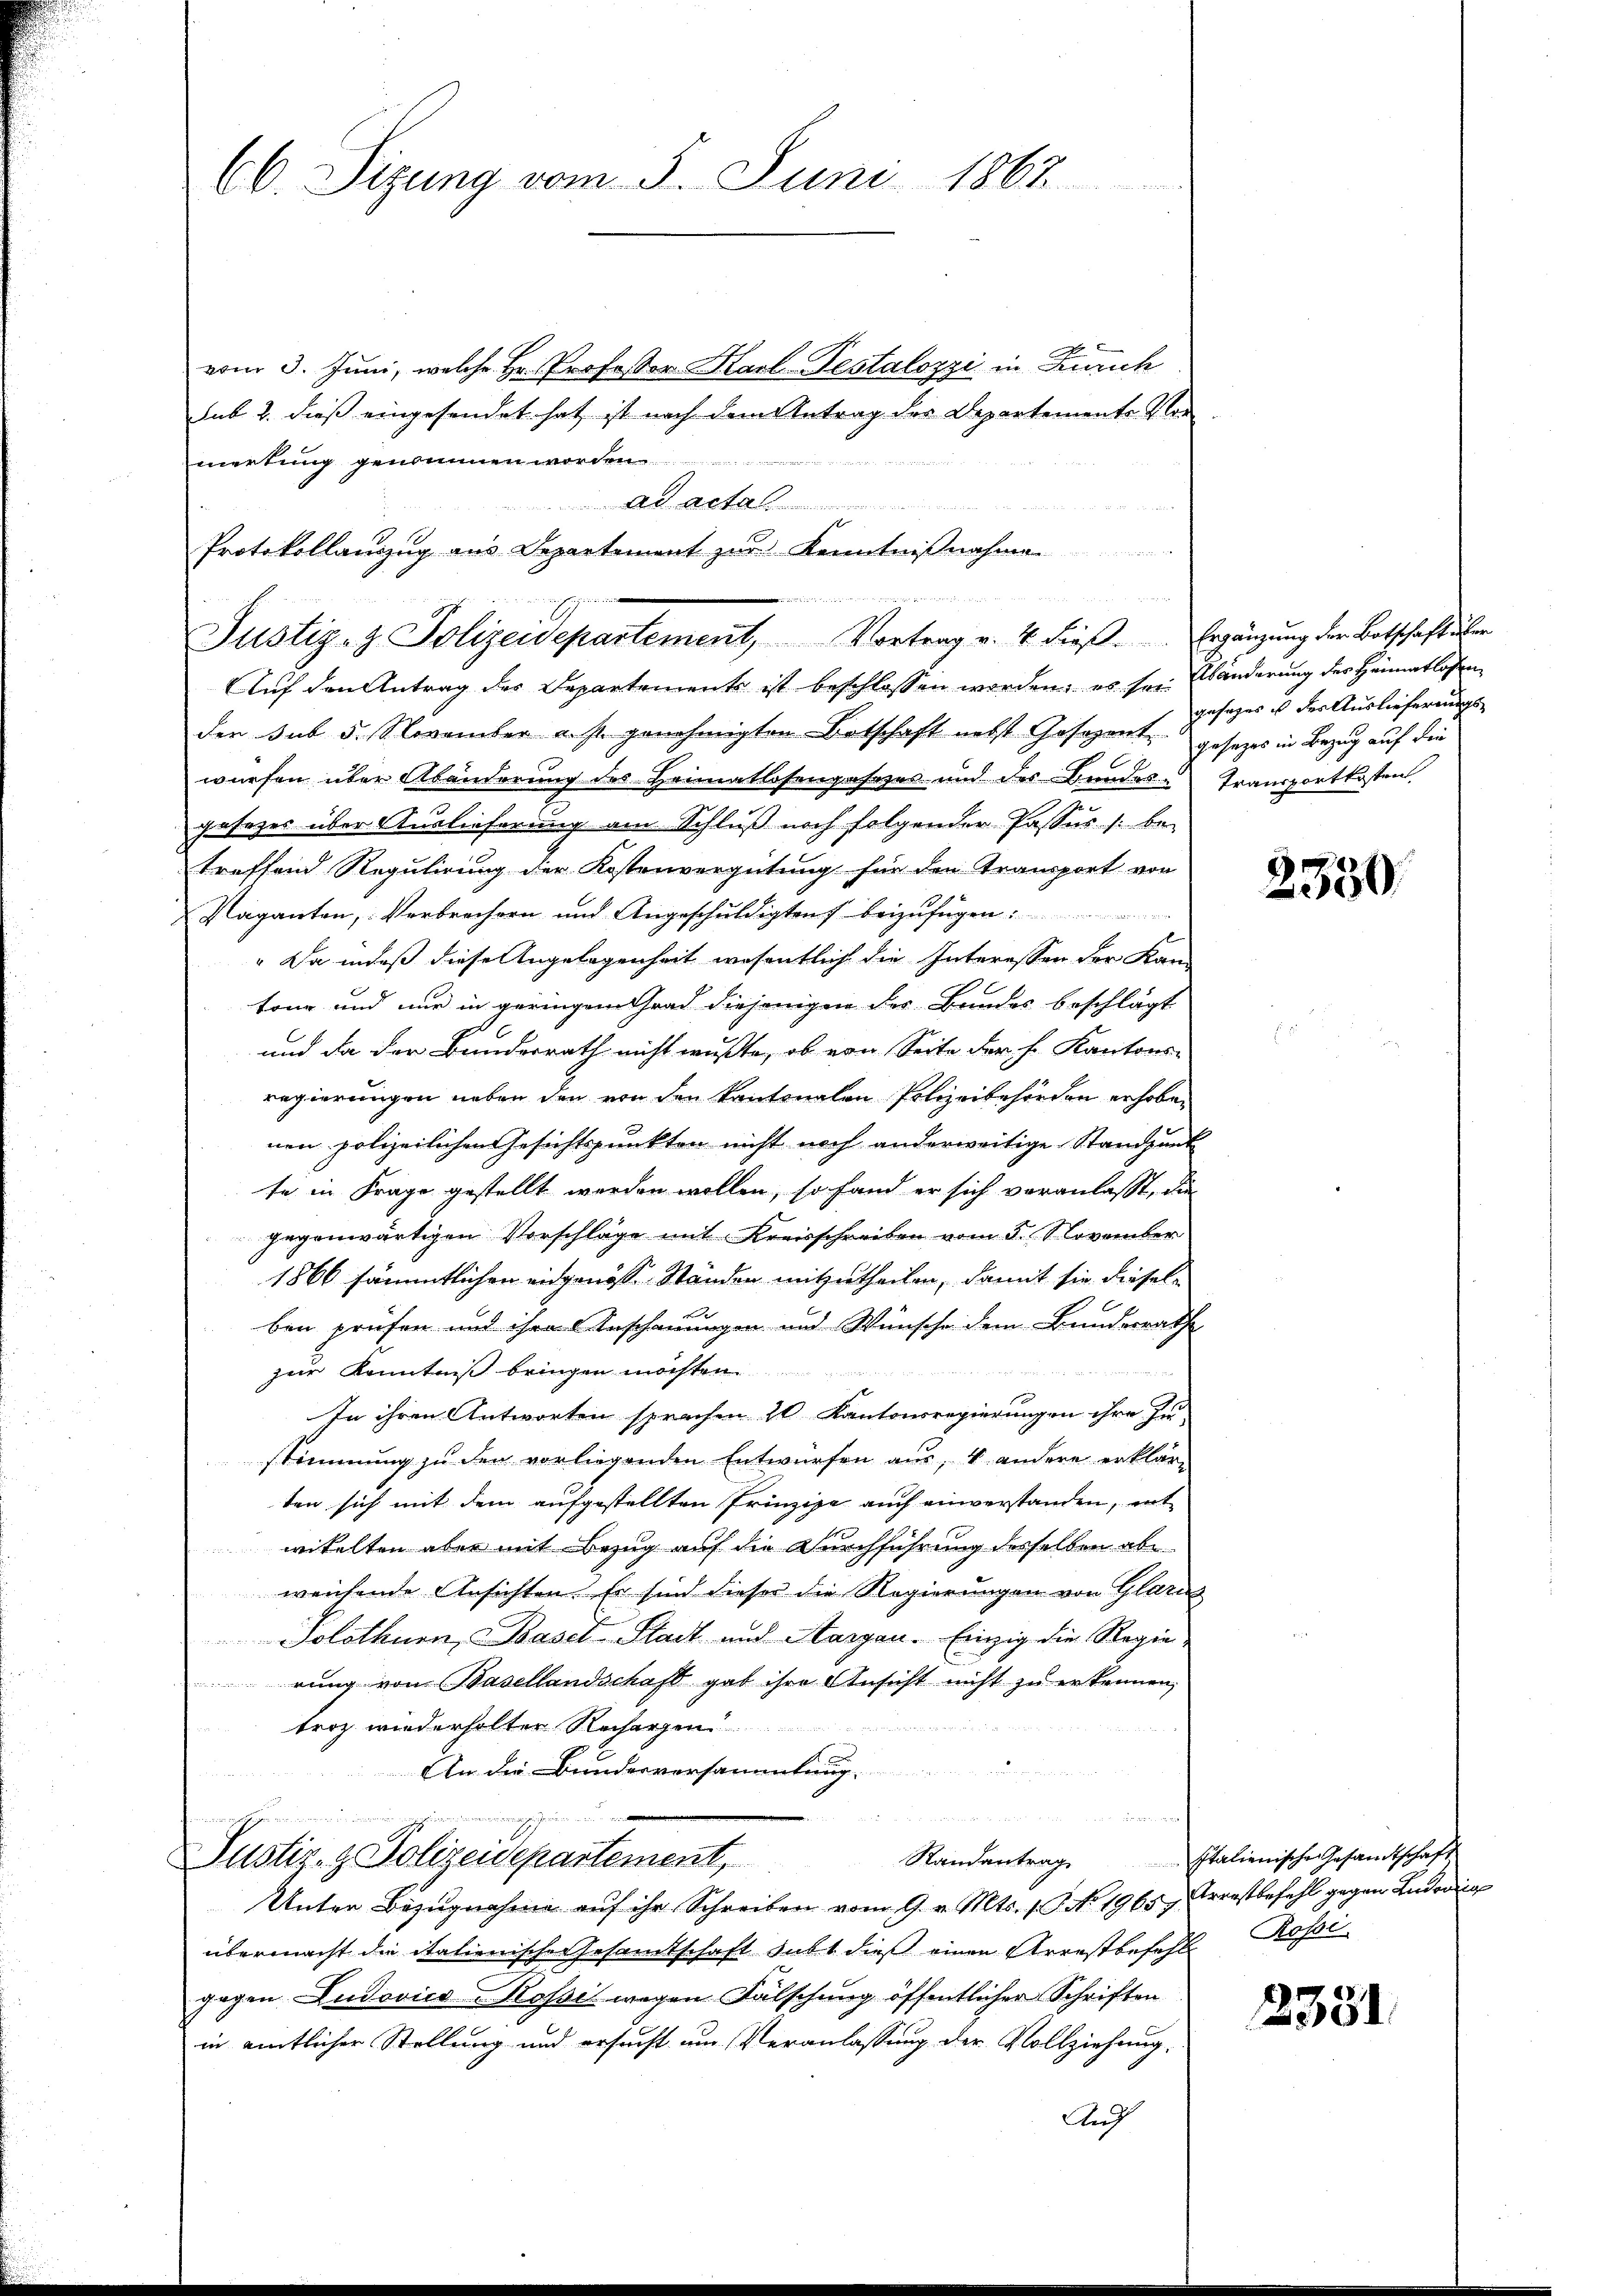
66. Sizung vom 5. Juni 1867

vom 3. Juni, welche Hr. Professor Karl-Testalozzi in Zürich
sub 2. dieß eingesendet hat, ist nach dem Antrag des Departemente Vor
mertung genommen wor
Ad Acta
Protokollauszug aus Departement zur Kenntnißnahme

Justiz- & Polizeidepartement, Vortrag v. 4. dieβ.  Ergänzŭng der Botschaft über

Auf den Antrag des Departements ist beschlossen worden; es sei Bänderung des Heimatlosen
der sub 5. November a. st. genehmigten Botschaft nebst Gesezent, gesezes in Bezug auf die
würfen über Abänderung des Heimatlosengesezes und des Bundes-Transportkosten.
gesezes über Auslieferung am Schluß noch folgender Passus /: be-
treffend Regulirung der Kostenvergütung für den Transport von
Vaganten, Verbrechern und Angeschuldigten beizufügen:
" Da indeß diese Angelegenheit wesentlich die Interessen der Kan-
tang und nur in geringen Grad diejenigen der Bundes beschlägt
und da der Bundesrath nicht mußte, ob von Seite der h. Kantons-
regierungen neben den von den kantonalen Polizeibehörden erhoben
nen polizeilichen Gesichtspunkten nicht noch anderweitige Standpunk
te in Frage gestellt werden wollen, so fand er sich veranlasst, die
gegenwärtigen Vorschläge mit Kreisschreiben vom 5. November
1866 sämmtlichen eidgenösse Ständen mitzutheilen, damit sie diesel¬
6
x
ben prüfen und ihren Anschauungen und Wünsche dem Bundesrathe
zur Kenntniß bringen möchten.
o
In ihren Antworten sprachen 20 Kantonsregierungen ihre Zustimmung zŭ den vorliegenden Entwürfen aus, u. andere erklär-
ten sich mit dem aufgestellten Prinzipe auch einverstanden, ent
witelten aber mit Bezug auf die Durchführung desselben abe
weichende Ansichten. Er sind dieser die Regierungen von Glarus
Solothurn, Basel Stadt und Aargau. Einzig die Regie
rung von Basellandschaft gab ihre Ansicht nicht zu erkennen,
troz wiederholter Rechargen
An die Bundesversammlung
t

Randantrag Italienische Gesandtschaft
Justiz- & Polizeidepartement,
Unter Bezŭgnahme aŭf ihr Schreiben vom 9. v. Mts. s. S. No. 1965 Arrestbefehl gegen Ludovig
übermacht die italienische Gesandtschaft subt dieß einen Arrestbefehl Rossi
gegen Ludovics - Rosse wegen Fälschung öffentlicher Schriften
in amtlicher Stellung und ersucht um Veranlassung der Vollziehung
Aug

gesages ist der Auslieferungs

2350

2381